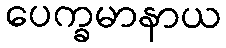
ပေက္ခမာနာယ